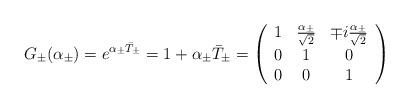
LaTeX: \begin{align*}G_\pm (\alpha_\pm) = e^{\alpha_\pm \bar{T}_\pm} = 1 + \alpha_\pm \bar{T}_\pm = \left(\begin{array}{ccc}1 & \frac{\alpha_\pm}{\sqrt{2}} & \mp i \frac{\alpha_\pm}{\sqrt{2}} \\0 & 1 & 0 \\0 & 0 & 1\end{array}\right)\end{align*}